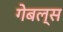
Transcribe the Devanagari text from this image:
गेबल्स